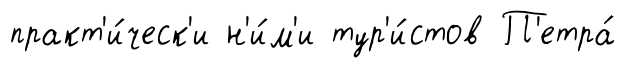
практ'и́ческ'и н'и́м'и тур'и́стов П'етра́